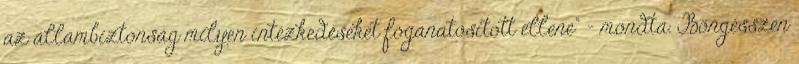
az állambiztonság milyen intézkedéseket foganatosított ellene" - mondta. Böngésszen